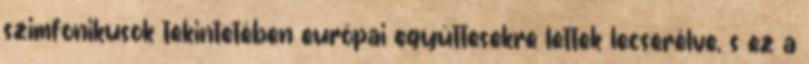
szimfonikusok tekintetében európai együttesekre lettek lecserélve, s ez a